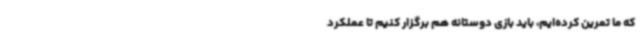
که ما تمرین کرده‌ایم، باید بازی دوستانه هم برگزار کنیم تا عملکرد